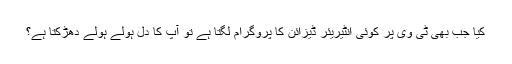
کیا جب بھی ٹی وی پر کوئی انٹیریئر ڈیزائن کا پروگرام لگتا ہے تو آپ کا دِل ہولے ہولے دھڑکتا ہے؟